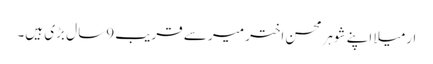
ارمیلا اپنے شوہر محسن اختر میر سے قریب 9سا ل بڑی ہیں۔